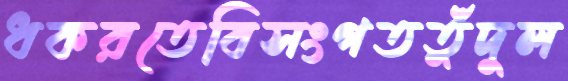
ধকরতেবিসংগততুঁদুল